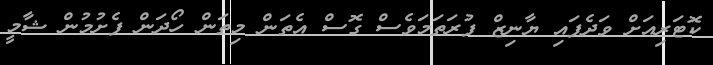
ކޮޓަރިއަށް ވަދެފައި ޔާނިޒް ފުރަތަމަވެސް ގޮސް އެތަން މިތަން ހޯދަން ފެށުމުން ޝާމީ